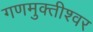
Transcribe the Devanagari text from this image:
गणमुक्तीश्वर